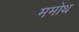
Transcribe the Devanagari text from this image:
ममोथ